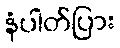
နံပါတ်ပြား